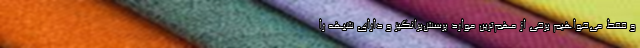
و فقط می‌خواهیم برخی از مهم‌ترین موارد پرسش‌برانگیز و دارای شبهه را